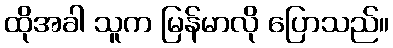
ထိုအခါ သူက မြန်မာလို ပြောသည်။